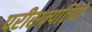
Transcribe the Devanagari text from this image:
परीसम्पतियों